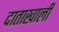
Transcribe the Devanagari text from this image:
दाताखाली